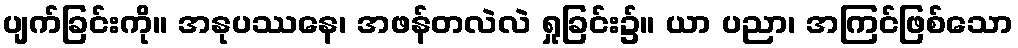
ပျက်ခြင်းကို။ အနုပဿနေ၊ အဖန်တလဲလဲ ရှုခြင်း၌။ ယာ ပညာ၊ အကြင်ဖြစ်သော